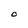
Character: 0